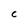
Character: C